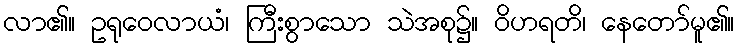
လာ၏။ ဥရုဝေလာယံ၊ ကြီးစွာသော သဲအစု၌။ ဝိဟရတိ၊ နေတော်မူ၏။